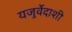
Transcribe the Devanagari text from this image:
यजुर्वेदाशी